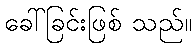
ခေါ်ခြင်းဖြစ် သည်။